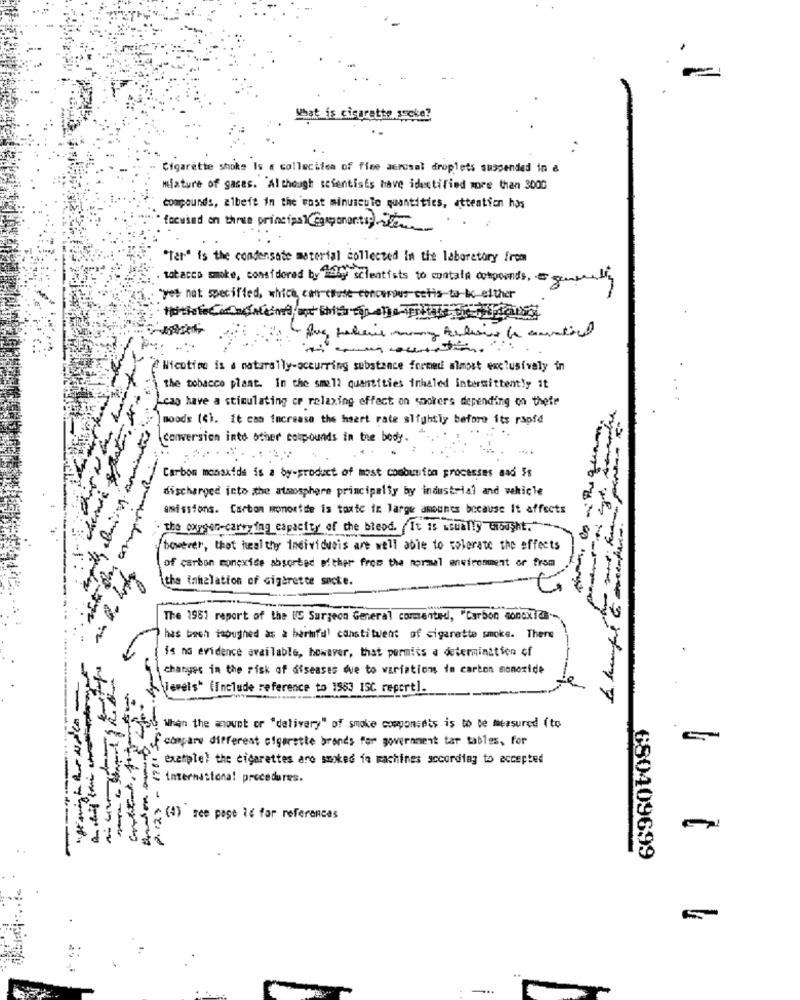
What is cigarette sscke?
Cigarette smoke Is a collection of fine aerosol droplets suspended in &
mixture of gases. Although scientists have identified more than 3000
compounds, albeit in the wost minuscule quantities, attention has
focused on three principal(componenti;)-tem
"Ter" is the condensate material collected in the laboratory From
. tobacco make, considered by by scientists to contain compounds , ge
"yes not specified, which can cause concersus cetis-to-be either
# Nicotime is a naturally-occurring substance formed almost exclusively in
the tobacco plant. In the small quantities inhaled intermittently it
Leap have a stimulating cr relaxing effect on spokers depending on their
moods (4). it can increase the heart rate slightly before its rapid
conversion into other compounds in the body.
--
Carbon monoxide is a by-product of most combunion processes and 5s
discharged icto the atmosphere principalty by industrial and vehicle
amissions. Carbon monoxide is toxic in large amounts because It affects
I hope to meet
the oxygen-carrying capacity of the bleed. It is usually thought."
bestver, that healthy Individuais are well able to colorate the effects
of carbon mpmexide absorted wither from the normal environment or from
tha inhalation of cigarette socke.
The 1981 report of the US Surgeon General commented, "Carbon monoxide.
has bech inoughed as a harmful constituent of cigarette smoke. There
is no evidence available, however, that permits a determination of
changes in the risk of diseases due to warintions in carbon monoxide
levels" (Include reference to 1563 ISC reportl.
"30 When the amount or "delivery" of smoke componsets is to be measured (to
of compare different cigarette brands for government tar tables, for
example) the cigarettes are smoked fa machines according to accepted
C international procedures.
-
(4) see page id for references
680409699